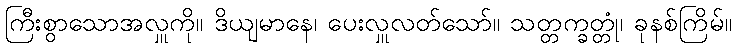
ကြီးစွာသောအလှူကို။ ဒိယျမာနေ၊ ပေးလှူလတ်သော်။ သတ္တက္ခတ္တုံ၊ ခုနစ်ကြိမ်။